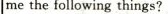
me the following things?